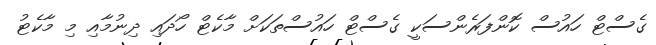
ގެސްޓް ހައުސް ކޮންފަރެންސަކީ ގެސްޓް ހައުސްތަކަށް މާކެޓް ހޯދައި ދިނުމާއި މި މާކެޓު